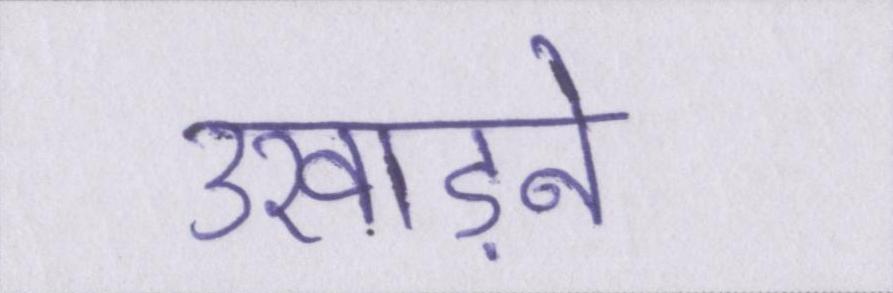
उखाड़ने